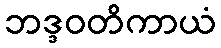
ဘဒ္ဒဝတိကာယံ